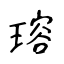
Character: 瑢